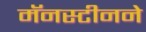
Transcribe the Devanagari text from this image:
मॅनस्टीनने